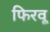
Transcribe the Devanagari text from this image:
फिरवू